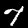
Digit: 7